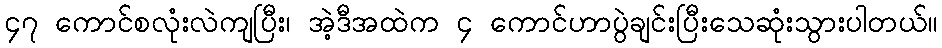
၄၇ ကောင်စလုံးလဲကျပြီး၊ အဲ့ဒီအထဲက ၄ ကောင်ဟာပွဲချင်းပြီးသေဆုံးသွားပါတယ်။